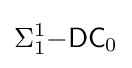
\Sigma _{1}^{1}{\mathsf {-DC}}_{0}